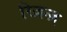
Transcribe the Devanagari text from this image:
रिज़न्ज़